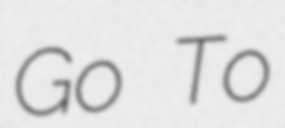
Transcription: Go To